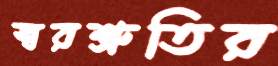
স্বরশ্রুতির